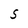
Character: S